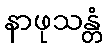
နာဖုသန္တံ